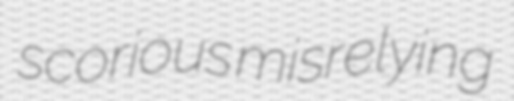
scorious misrelying